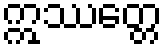
ဣဿတ္တေ